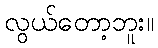
လွယ်တော့ဘူး။